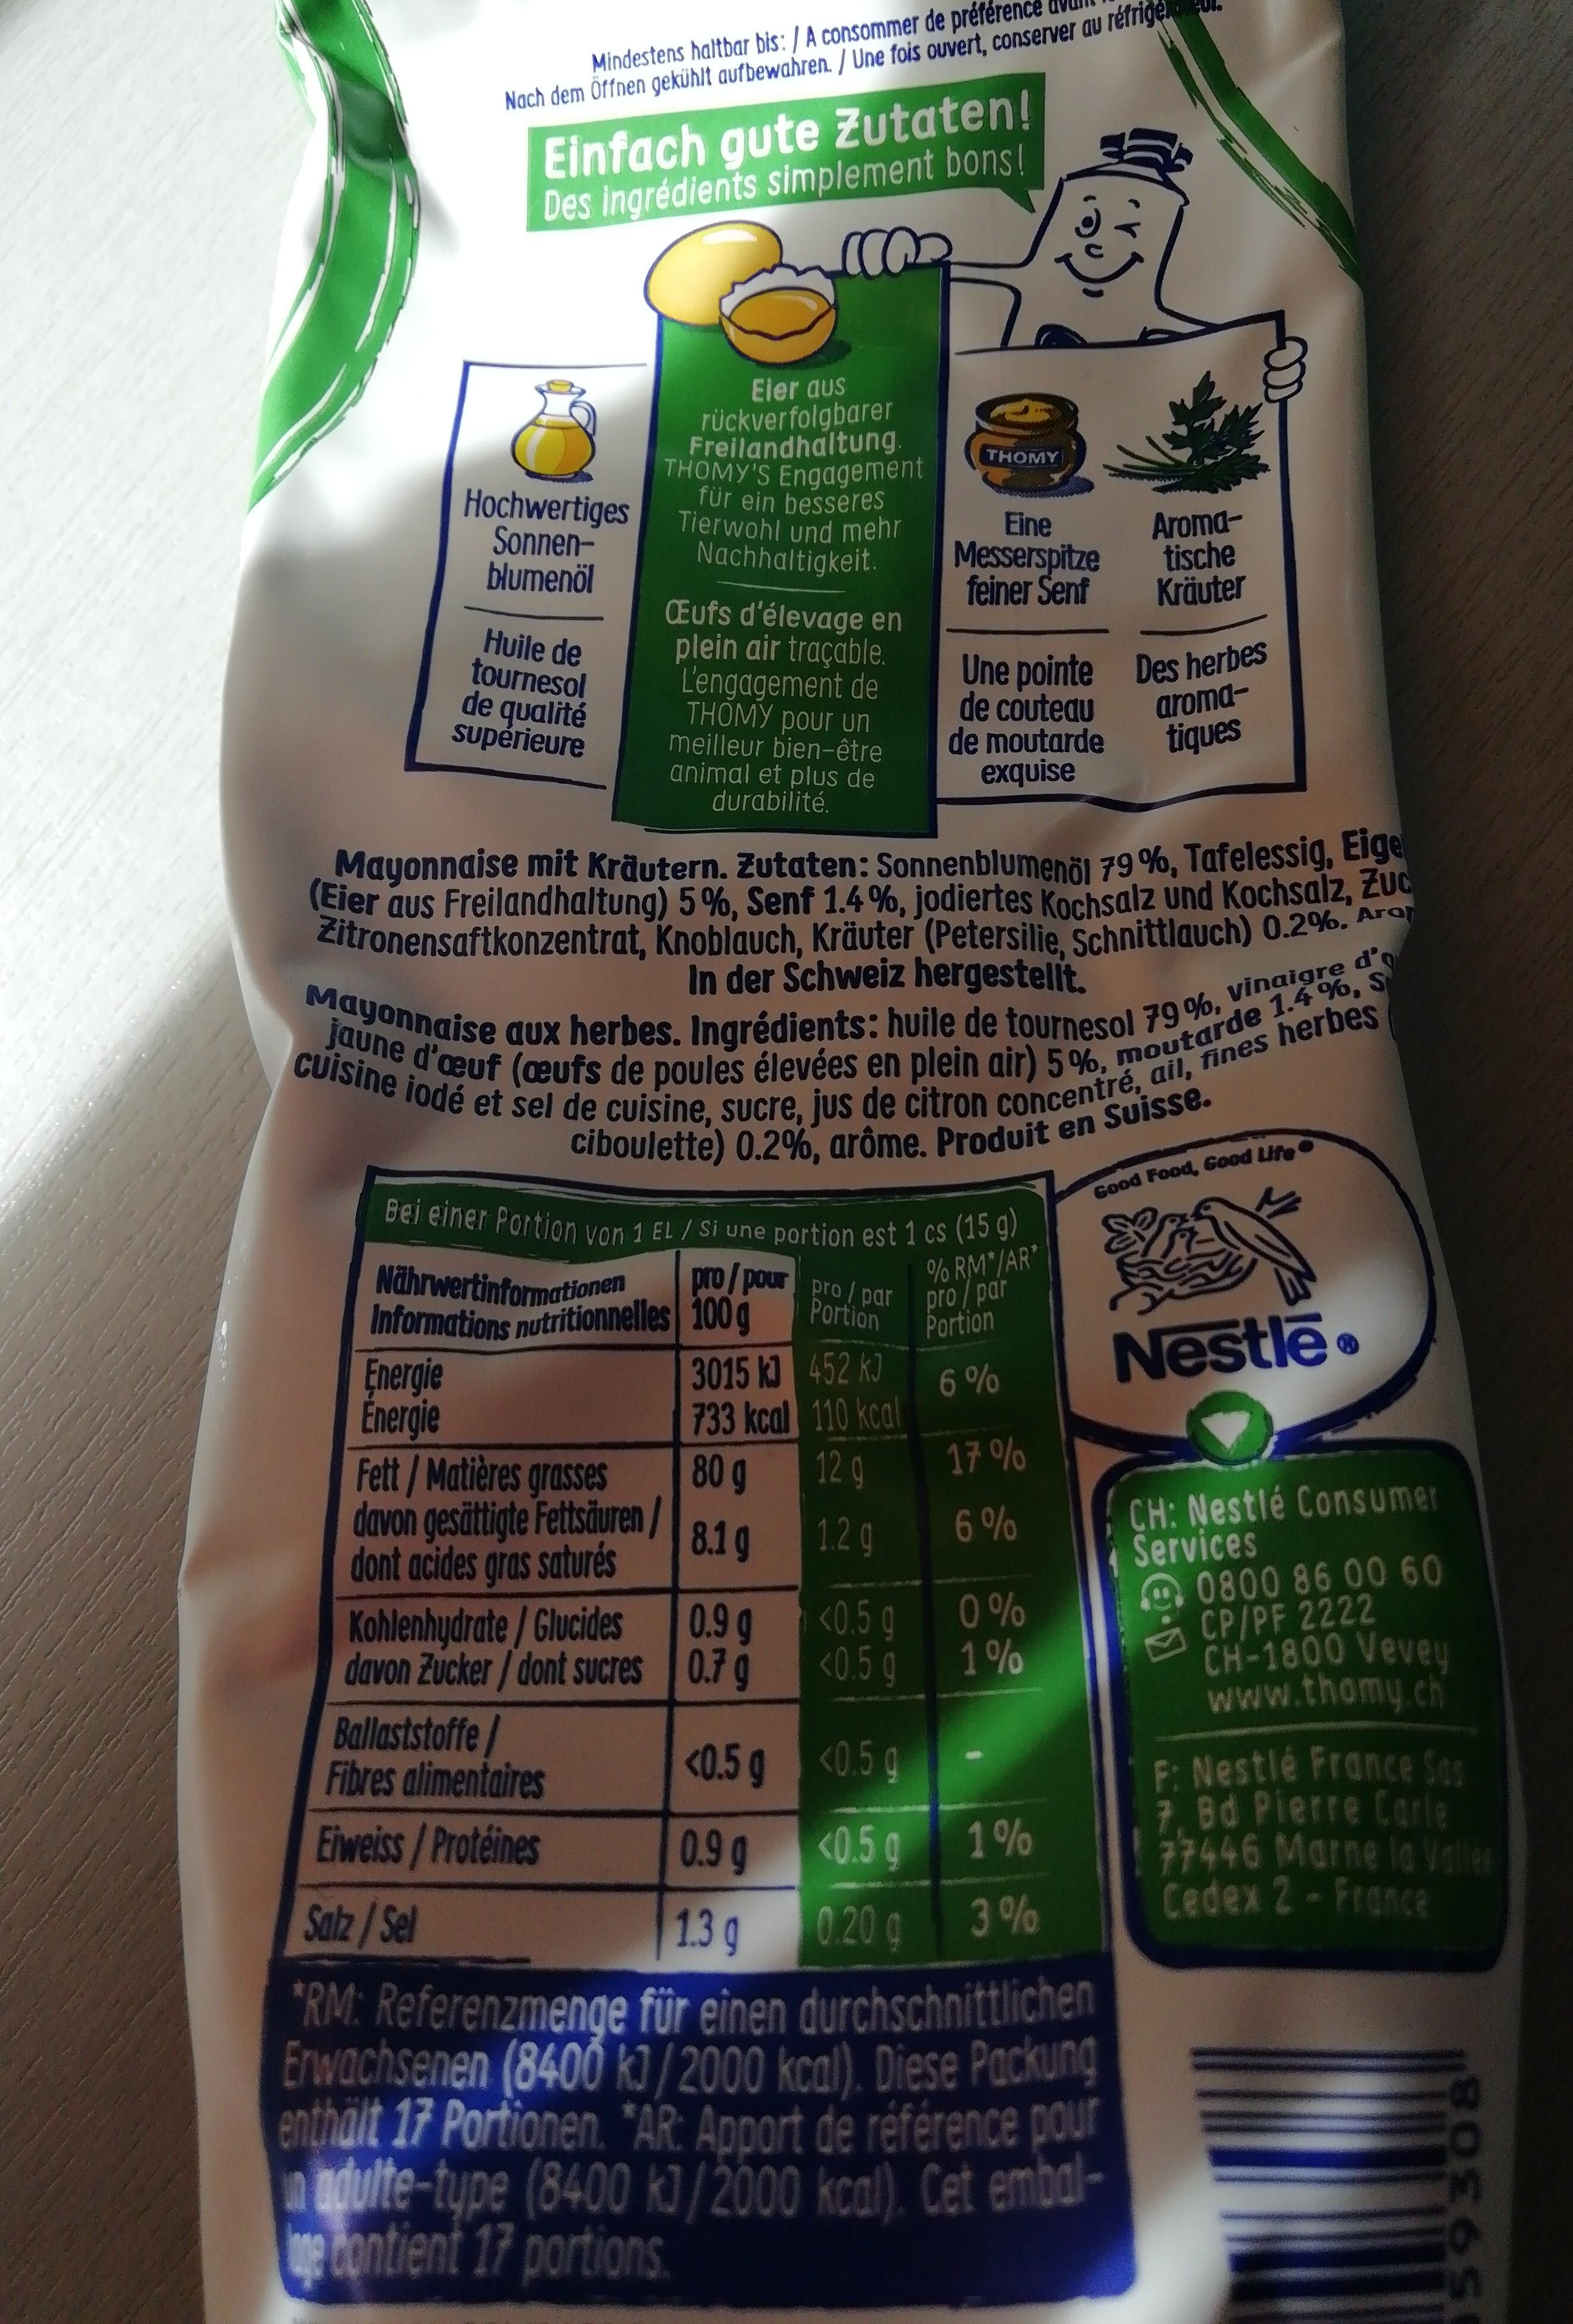
Mindestens haltbar bis: / A consommer de préfére
Nach dem Öffnen gekühlt aufbewahren. / Une fois ouvert, conserver au réfrige
Einfach gute Zutaten! Des ingrédients simplement bons!
C002
Hochwertiges Sonnenblumenöl
Energie
Energie
Huile de
tournesol
de qualité supérieure
Eier aus rückverfolgbarer Freilandhaltung.
THOMY'S Engagement
für ein besseres Tierwohl und mehr Nachhaltigkeit.
Œufs d'élevage en
plein air traçable. L'engagement de THOMY pour un meilleur bien-être animal et plus de durabilité.
Nährwertinformationen pro/pour Informations nutritionnelles 100 g
Fett/Matières grasses davon gesättigte Fettsäuren/ dont acides gras saturés
Kohlenhydrate/Glucides
davon Zucker/dont sucres
Ballaststoffe/
Fibres alimentaires
Eiweiss/Protéines
Bei einer Portion von 1 EL / Si une portion est 1 cs (15 g)
% RM*/AR*
Mayonnaise mit Kräutern. Zutaten: Sonnenblumenöl 79%, Tafelessig, Eige (Eier aus Freilandhaltung) 5%, Senf 1.4 %, jodiertes Kochsalz und Kochsalz, Zuc
Zitronensaftkonzentrat, Knoblauch, Kräuter (Petersilie, Schnittlauch) 0.2%. Ara
In der Schweiz hergestellt.
cuisine iodé et sel de cuisine, sucre, jus de citron concentré, ail, fines herbes Mayonnaise aux herbes. Ingrédients: huile de tournesol 79%, vinaigre d' jaune d'œuf (œufs de poules élevées en plein air) 5%, moutarde 1.4%, S
ciboulette) 0.2%, arôme. Produit en Suisse.
3015 kJ
733 kcal
80 g
8.1 g
0.9q
0.7 g
THOMY
Eine
Messerspitze
feiner Senf
452 kJ
110 kcal
12 g
1.2 g
Une pointe Des herbes
de couteau de moutarde exquise
pro/par pro/ par
Portion
Portion
6%
17%
6%
<0.5 q
0%
<0.50 1% g
Aromatische
Kräuter
<0.5 g
<0.5 g
1%
0.20g 3%
aromatiques
<0.5 g
0.9 g
Salz/Sel
1.3 g
*RM: Referenzmenge für einen durchschnittlichen Erwachsenen (8400 kJ/2000 kcal). Diese Packung enthalt 17 Portionen. "AR: Apport de référence pour adulte-type (8400 kJ/2000 kcal). Cet embalge contient 17 portions
Good Food, Good Life
Nestle
CH: Nestlé Consumer Services
0800 86 00 60 CP/PF 2222 CH-1800 Vevey www.thomy.ch
F: Nestlé France Sas 7. Bd Pierre Carle 77446 Marne la Valler Cedex 2 - France
59308